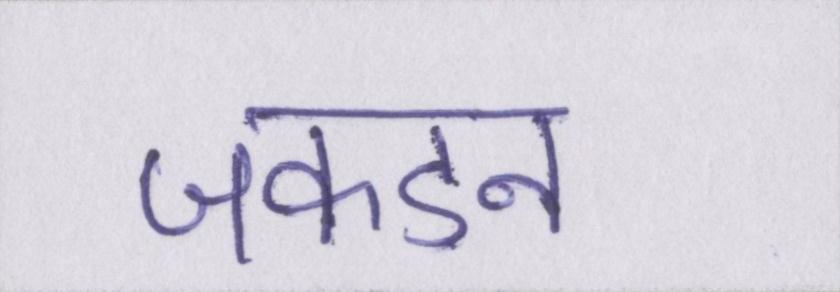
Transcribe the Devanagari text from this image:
जकडन